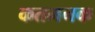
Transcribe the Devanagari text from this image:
कतमनक